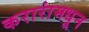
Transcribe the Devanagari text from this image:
करारांमधून